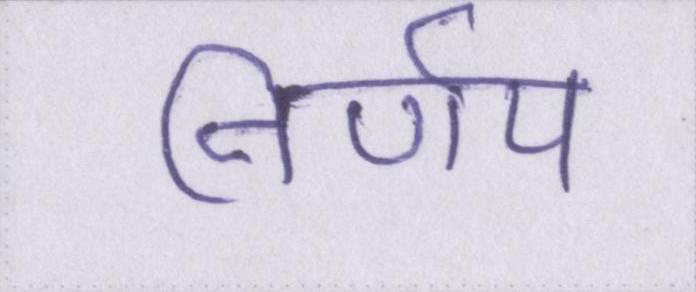
निर्णय